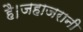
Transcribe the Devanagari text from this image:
है।जहाजरानी